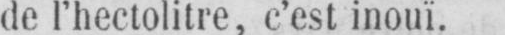
de l’hectolitre, c’est inouï.